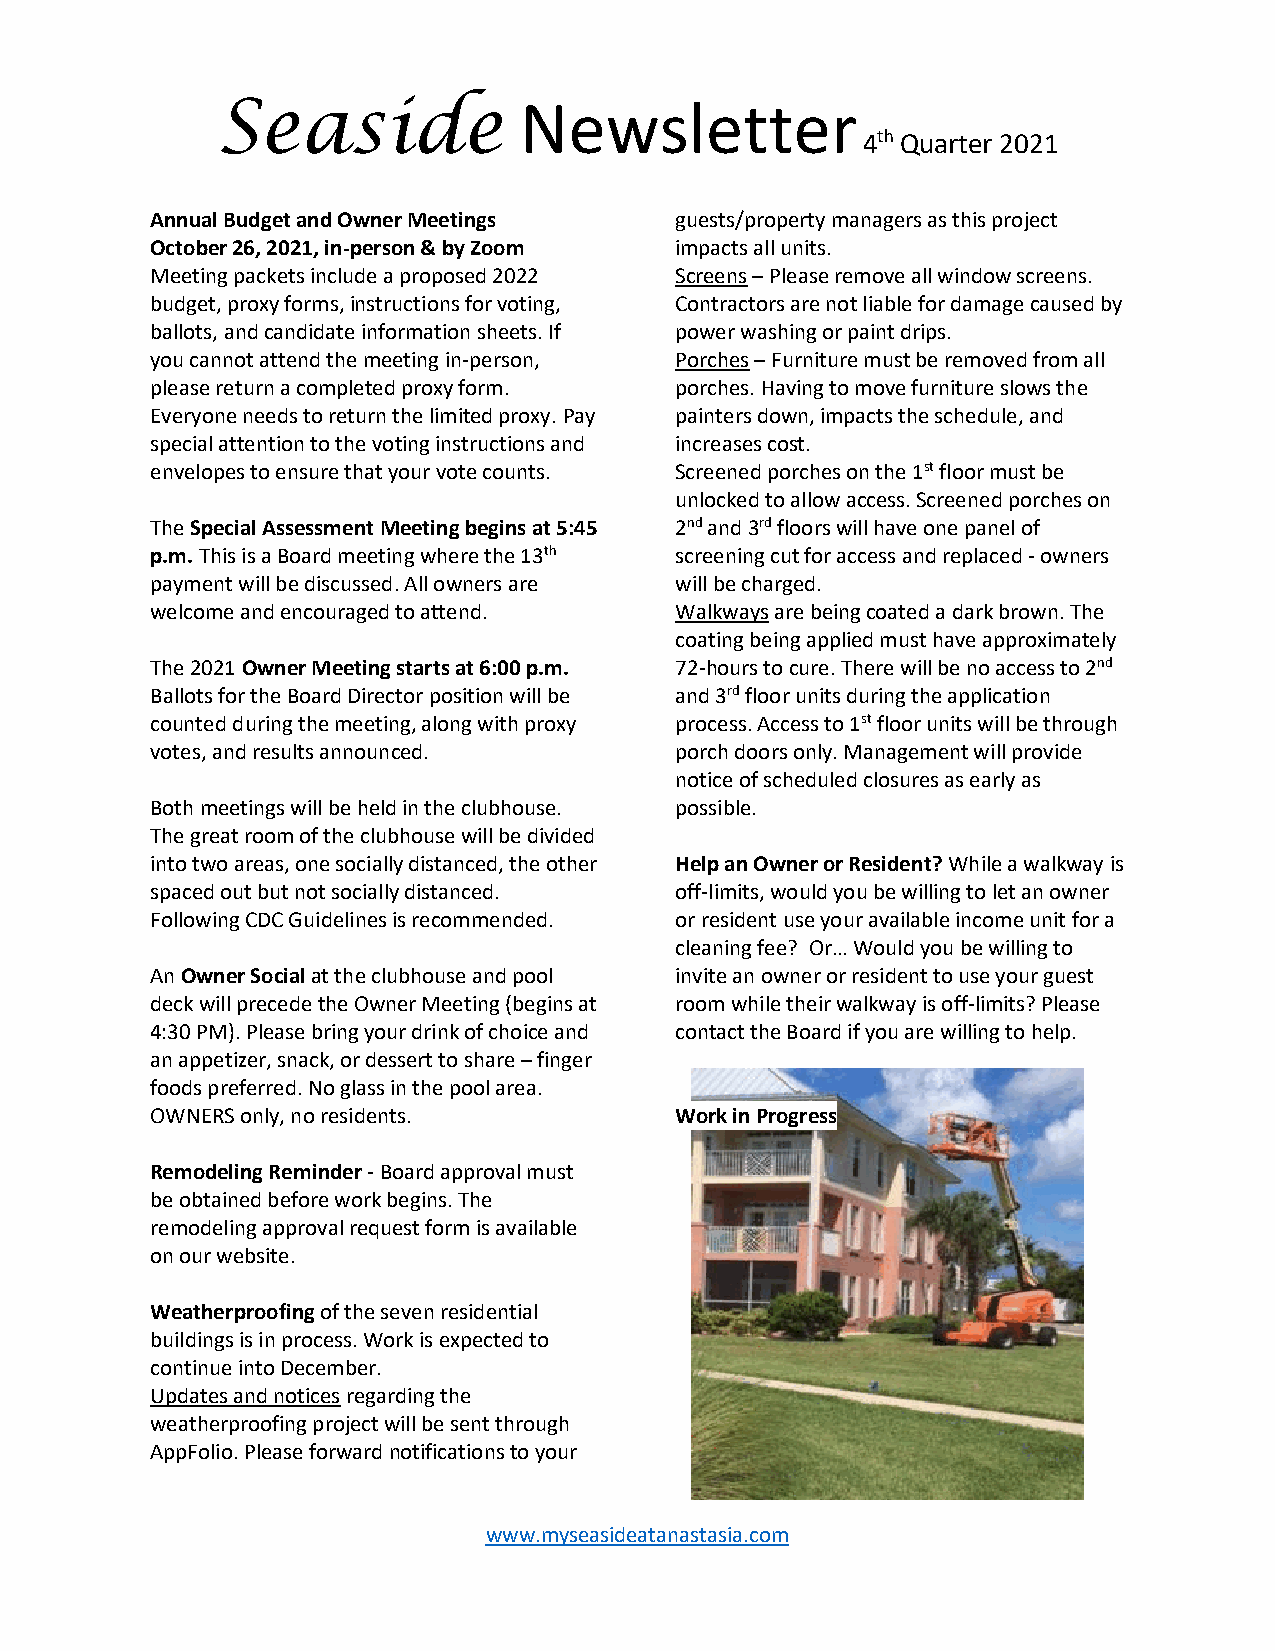
Seaside             Newsletter
 4th Quarter 2021
 Annual Budget and Owner Meetings   guests/property managers as this project
 October 26, 2021, in-person & by Zoom impacts all units.
 Meeting packets include a proposed 2022 Screens – Please remove all window screens.
 budget, proxy forms, instructions for voting, Contractors are not liable for damage caused by
 ballots, and candidate information sheets. If power washing or paint drips.
 you cannot attend the meeting in-person, Porches – Furniture must be removed from all
 please return a completed proxy form. porches. Having to move furniture slows the
 Everyone needs to return the limited proxy. Pay painters down, impacts the schedule, and
 special attention to the voting instructions and increases cost.
 envelopes to ensure that your vote counts. Screened porches on the 1st floor must be
 unlocked to allow access. Screened porches on
 The Special Assessment Meeting begins at 5:45 2nd and 3rd floors will have one panel of
 p.m. This is a Board meeting where the 13th screening cut for access and replaced - owners
 payment will be discussed. All owners are will be charged.
 welcome and encouraged to attend.  Walkways are being coated a dark brown. The
 coating being applied must have approximately
 The 2021 Owner Meeting starts at 6:00 p.m. 72-hours to cure. There will be no access to 2nd
 Ballots for the Board Director position will be and 3rd floor units during the application
 counted during the meeting, along with proxy process. Access to 1st floor units will be through
 votes, and results announced.      porch doors only. Management will provide
 notice of scheduled closures as early as
 Both meetings will be held in the clubhouse. possible.
 The great room of the clubhouse will be divided
 into two areas, one socially distanced, the other Help an Owner or Resident? While a walkway is
 spaced out but not socially distanced. off-limits, would you be willing to let an owner
 Following CDC Guidelines is recommended. or resident use your available income unit for a
 cleaning fee? Or… Would you be willing to
 An Owner Social at the clubhouse and pool invite an owner or resident to use your guest
 deck will precede the Owner Meeting (begins at room while their walkway is off-limits? Please
 4:30 PM). Please bring your drink of choice and contact the Board if you are willing to help.
 an appetizer, snack, or dessert to share – finger
 foods preferred. No glass in the pool area.
 OWNERS only, no residents.         Work in Progress
 Remodeling Reminder - Board approval must
 be obtained before work begins. The
 remodeling approval request form is available
 on our website.
 Weatherproofing of the seven residential
 buildings is in process. Work is expected to
 continue into December.
 Updates and notices regarding the
 weatherproofing project will be sent through
 AppFolio. Please forward notifications to your
 www.myseasideatanastasia.com